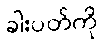
ခါးပတ်ကို